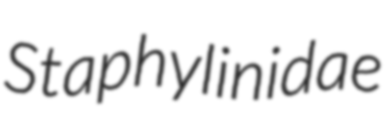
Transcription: Staphylinidae